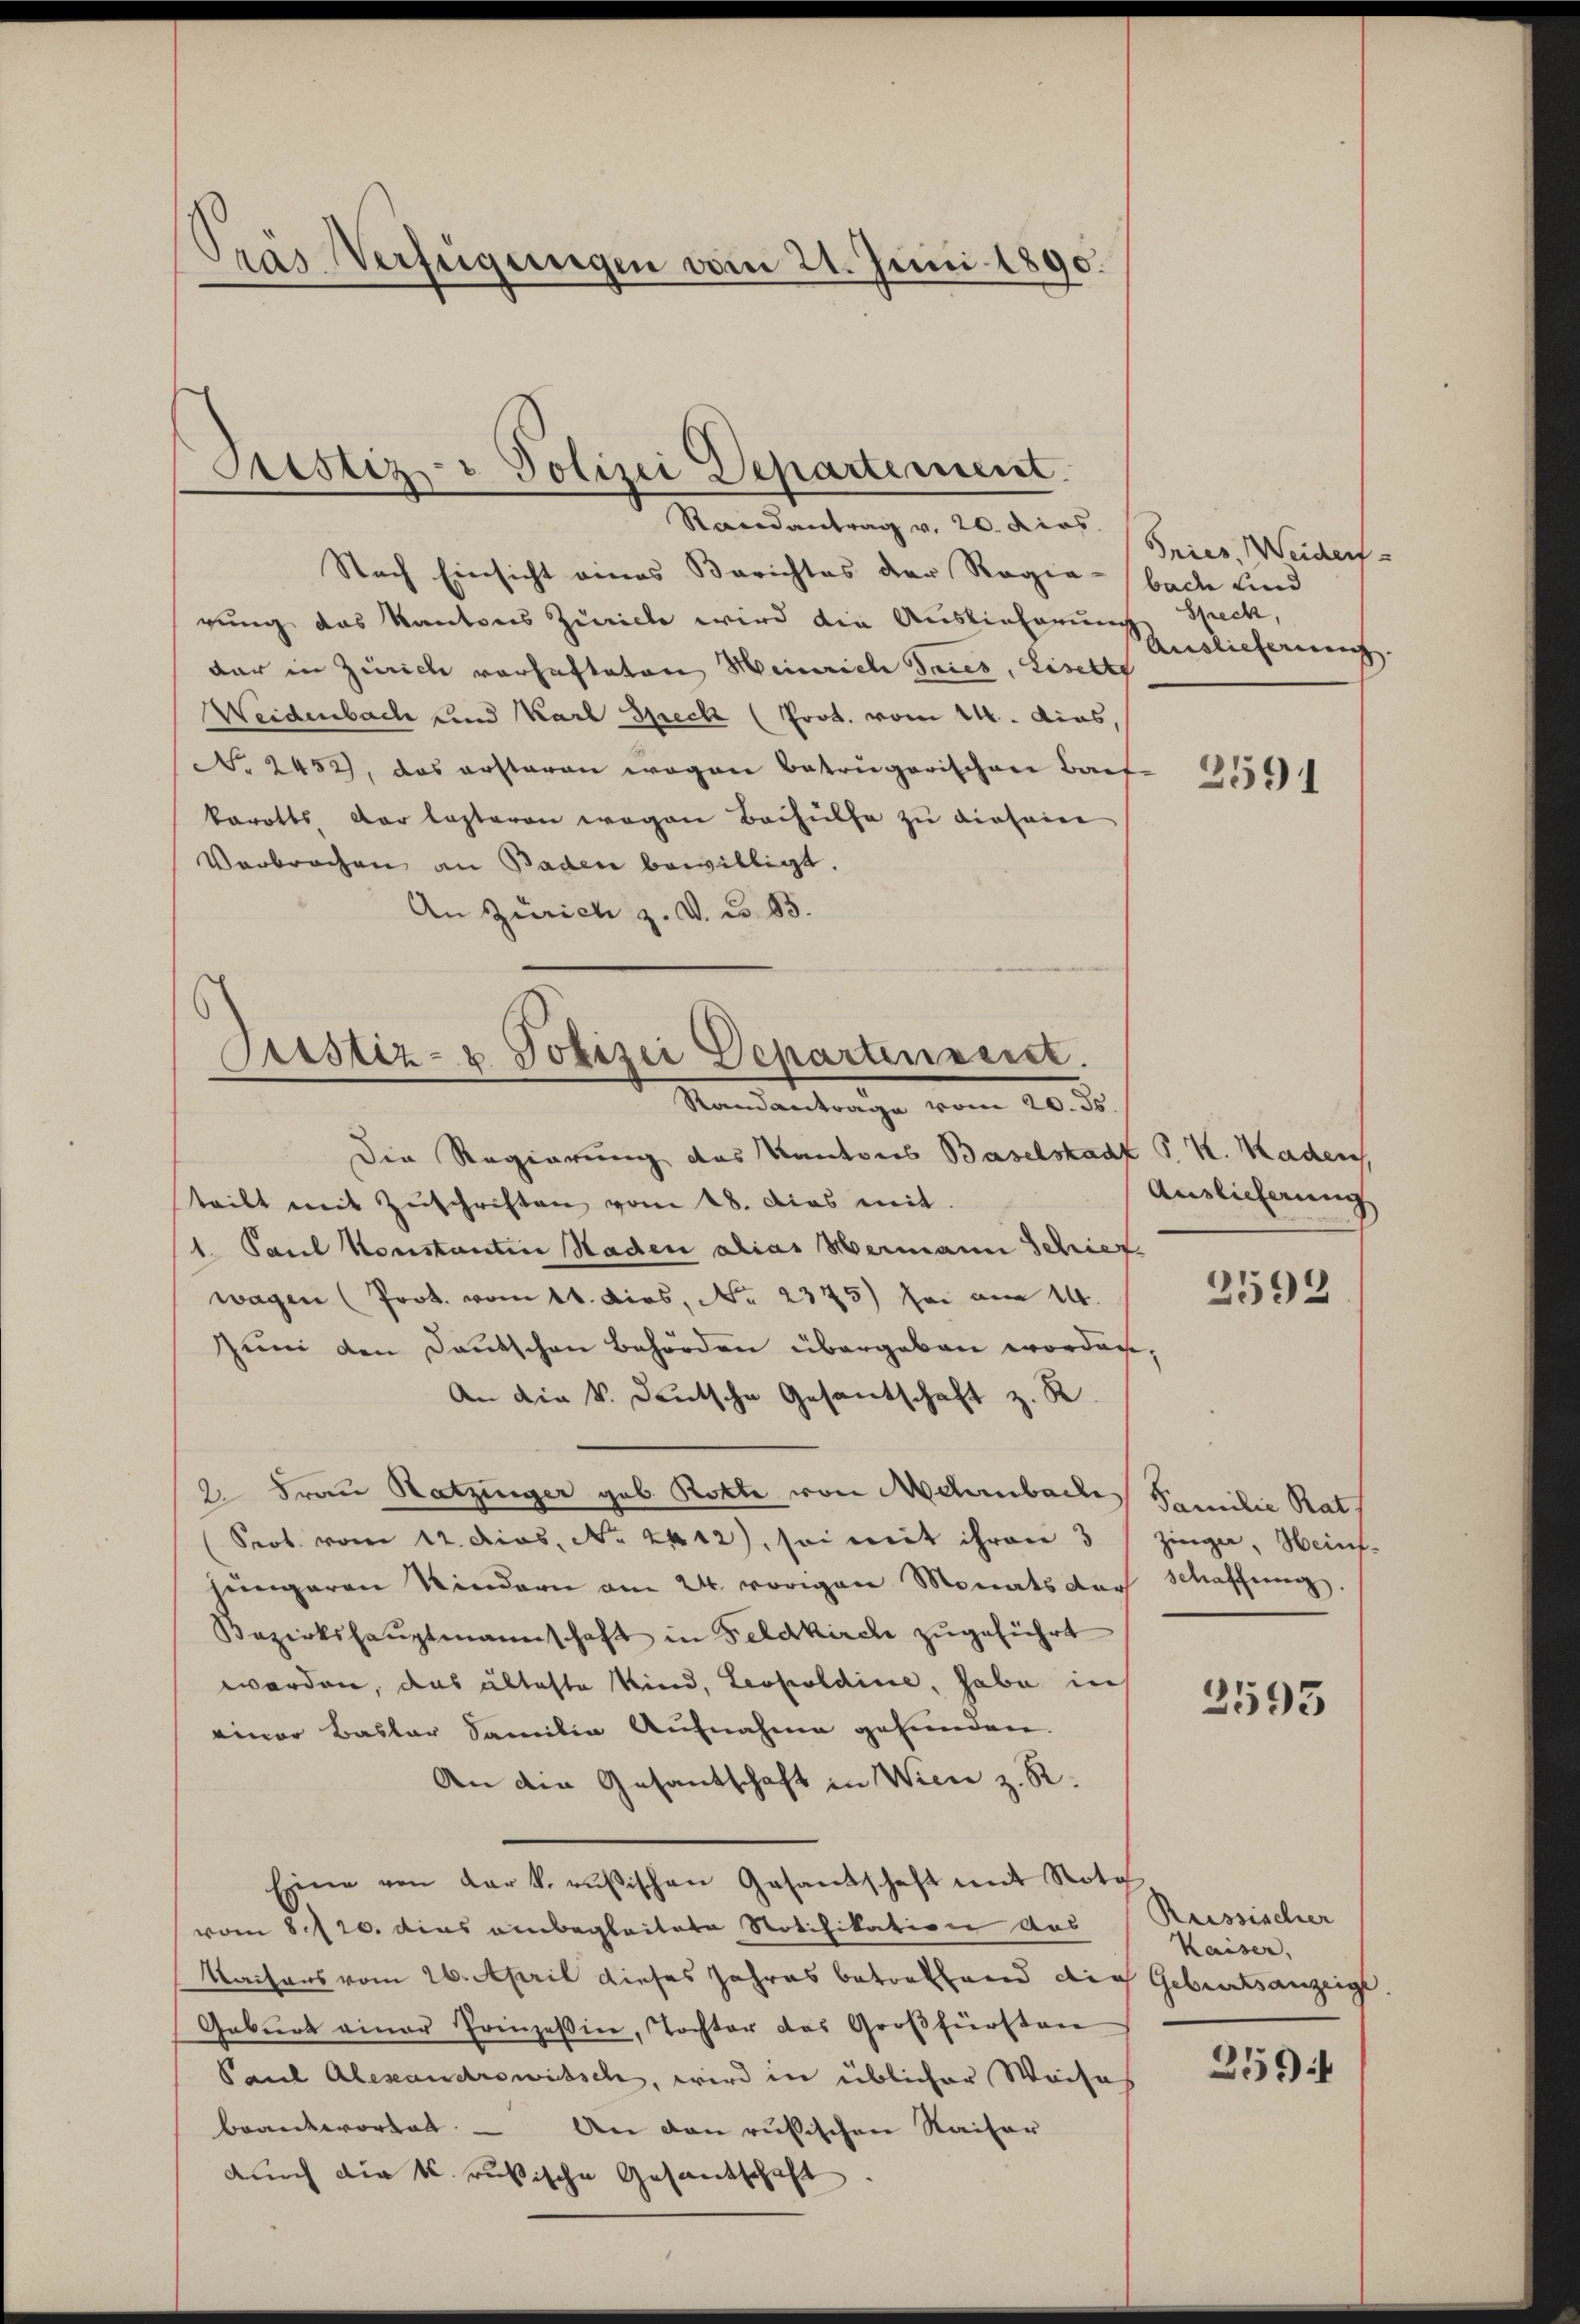
Prás Verfügungen vom 21. Juni 1890.

Prustiz- u Polizei Departement.

Randantrag v. 20. dies
Nach Einsicht eines Berichtes der Regia-bade und
rung das Kantons Zürich wird die Auslieferung
dar in Zürich vorhafteten Heinrich Tries, Liselte
Weidenbach und Karl Speck (Prot. vom 14. dies,
No. 2452), das erstaren wegen Betrügerischen Bach 2550
karotts der losteren wegen Beihülfe zu diesein
Verbrochen an Baden bewilligt.
An Zürich z. V. Co. 83.

Prustiz- & Polizei Departenseret.
Randantrage vom 20. ds.

Die Regierung des Kantons Baselstadt P. K. Kaden
teilt mit Zŭschriften vom 18. Das mit.
1. Paul Konstantin Haden alias Wermann Schies.
wagen (Prot. vom 11. dies, No. 2375) sei am 14.
Zŭm den Deutschen Behörden übergeben worden,
An die V. Deutsche Gesantschaft z. R.
2. Frau Hatzinger geb. Rotte von Nehrnbaches Familie Rath
Prob. vom 12. Dios. No. 2412), sei mit ihren 3 Zinge, Heinjüngeren Kindern am 24. vorigen Monats der Schaffung.
Bezirkshaŭptmannschaft in Feldkirch zugeführt
worden, das älteste Kind, Leopoldine, habe in
einer Basler Familie Aufnahme gefunden.
An die Gesantschaft in Wien z. R.
Eine von der k. rusischen Gesandschaft mit Nota
vom 8./20. dies anbegleitete Notifikation des Reissischer
Kaisers vom 26. April dieses Jahres betreffend die Geburtsanzeige.
Geburt einer Prinzessin, Tochter das Großfürsten
Paul Alexandrowitsch, wird in üblicher Weises
brantwortet. - An den russischen Kaiser
auch die k. rukische Gesandschaft.

Tries, Weident
Speck,
Auslieferung.

Auslieferung
2592

2593

Kaiser,
2594